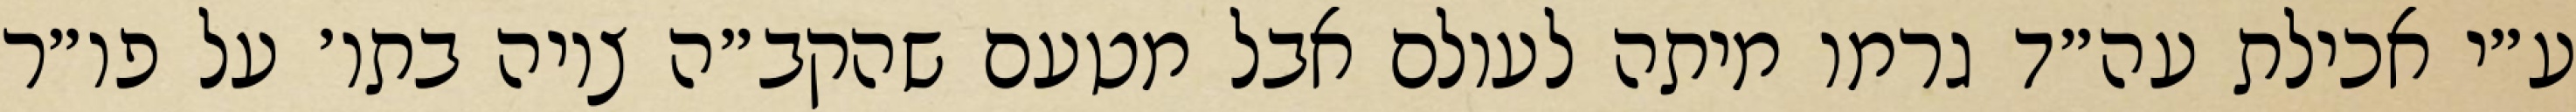
ע״י אכילת עה״ד גרמו מיתה לעולם אבל מטעם שהקב״ה ציוה בתו׳ על פו״ר